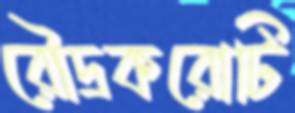
রৌদ্রকরোটি